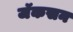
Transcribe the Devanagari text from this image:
जॅकसन